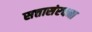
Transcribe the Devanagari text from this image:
सत्तासंरचना